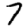
Digit: 7